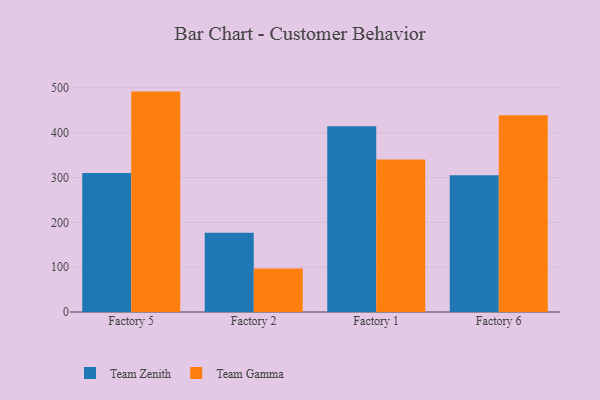
{"axis": {"x": "Factory", "y": "Inventory Turnover"}, "legend": ["Team Gamma", "Team Zenith"], "data": [{"x": "Factory 5", "y": 309.9, "type": "Team Zenith"}, {"x": "Factory 5", "y": 491.5, "type": "Team Gamma"}, {"x": "Factory 2", "y": 176.6, "type": "Team Zenith"}, {"x": "Factory 2", "y": 96.9, "type": "Team Gamma"}, {"x": "Factory 1", "y": 414.4, "type": "Team Zenith"}, {"x": "Factory 1", "y": 340.3, "type": "Team Gamma"}, {"x": "Factory 6", "y": 305.2, "type": "Team Zenith"}, {"x": "Factory 6", "y": 438.7, "type": "Team Gamma"}]}